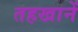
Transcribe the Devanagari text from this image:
तहखानें